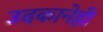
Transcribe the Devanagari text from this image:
उदकानेही